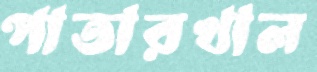
পাতারখাল